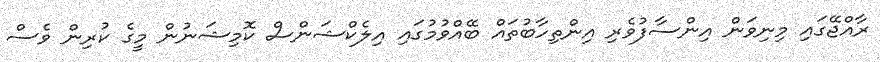
ރާއްޖޭގައި މިނިވަން އިންސާފުވެރި އިންތިހާބުތައް ބޭއްވުމުގައި އިލެކްޝަންސް ކޮމިޝަނުން މީގެ ކުރިން ވެސް